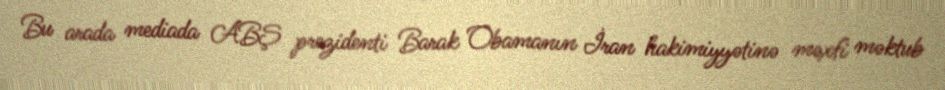
Bu arada mediada ABŞ prezidenti Barak Obamanın İran hakimiyyətinə məxfi məktub